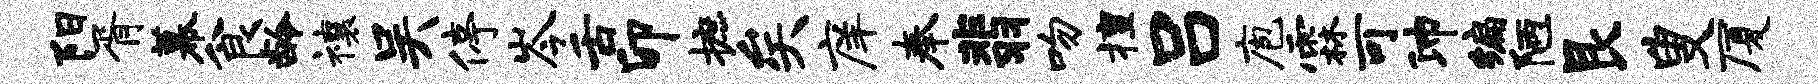
阳胥幕食龄禳吴停岑舌卯摭矣庠奉翡吻擅吕庖霖可沛编陋艮叟厦